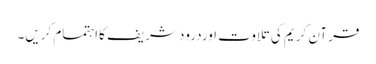
قرآن کریم کی تلاوت اوردرود شریف کااہتمام کریں۔